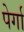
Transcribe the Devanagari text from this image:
पेर्गा